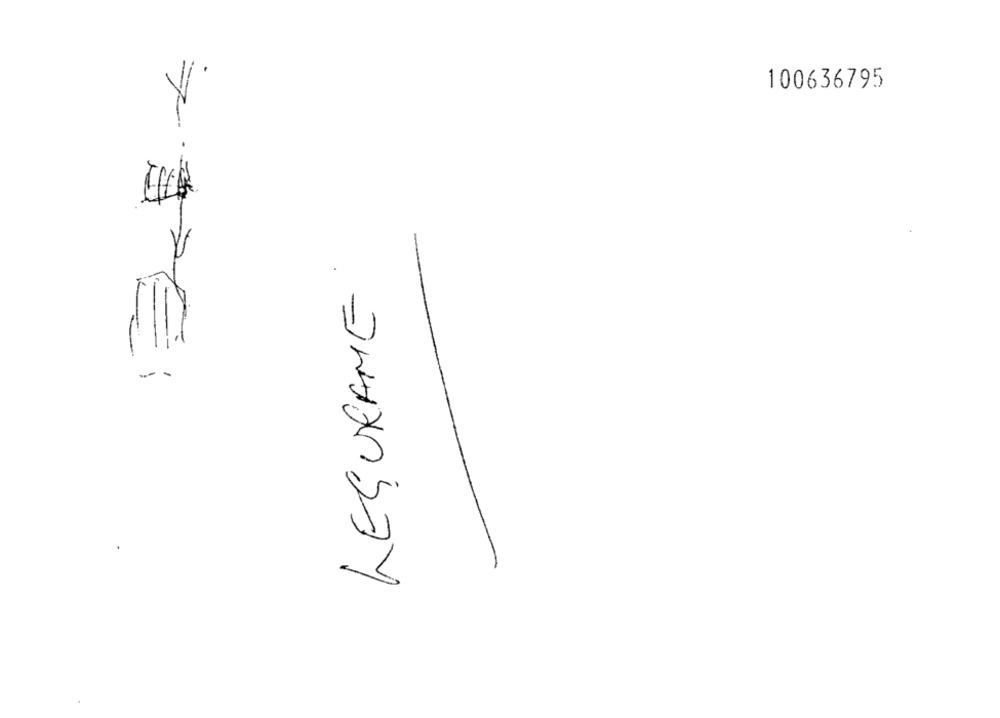
100636795
LESURAME
--